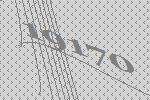
19170